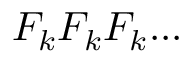
F _ { k } F _ { k } F _ { k } . . .